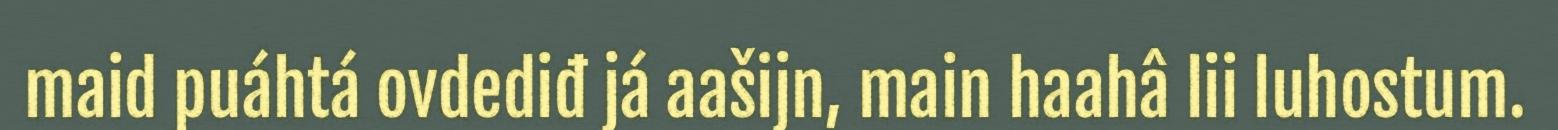
maid puáhtá ovdediđ já aašijn, main haahâ lii luhostum.